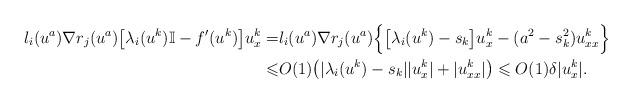
LaTeX: \begin{align*}l_i(u^a) \nabla r_j(u^a) \big[\lambda_i(u^k)\mathbb{I} - f'(u^k)\big] u^k_x=& l_i(u^a) \nabla r_j(u^a)\Big\{ \big[\lambda_i(u^k) - s_k\big] u^k_x - (a^2 - s_k^2) u^k_{xx} \Big\}\\\leqslant &O(1) \big( |\lambda_i(u^k) - s_k||u^k_x|+ |u^k_{xx}|\big)\leqslant O(1)\delta |u^k_x|.\end{align*}